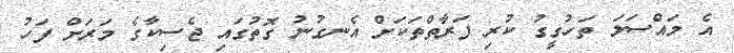
އެ މައްސަލަ ތަހުގީގު ކުރި ފަރާތްތަކަށް އެނގުނު ގޮތުގައި ޖެސިކާގެ މަރަށް ފަހު